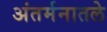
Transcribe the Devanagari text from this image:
अंतर्मनातले